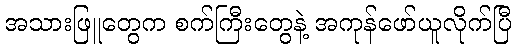
အသားဖြူတွေက စက်ကြီးတွေနဲ့ အကုန်ဖော်ယူလိုက်ပြီ